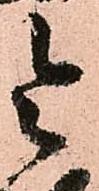
令